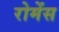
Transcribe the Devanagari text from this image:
रोमेंस